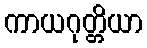
ကာယဂုတ္တိယာ